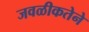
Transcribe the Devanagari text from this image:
जवळीकतेने